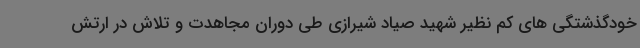
خودگذشتگی های کم نظیر شهید صیاد شیرازی طی دوران مجاهدت و تلاش در ارتش